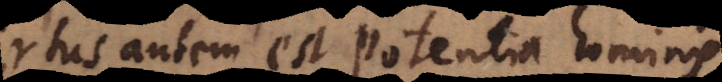
virtus autem est potentia hominis